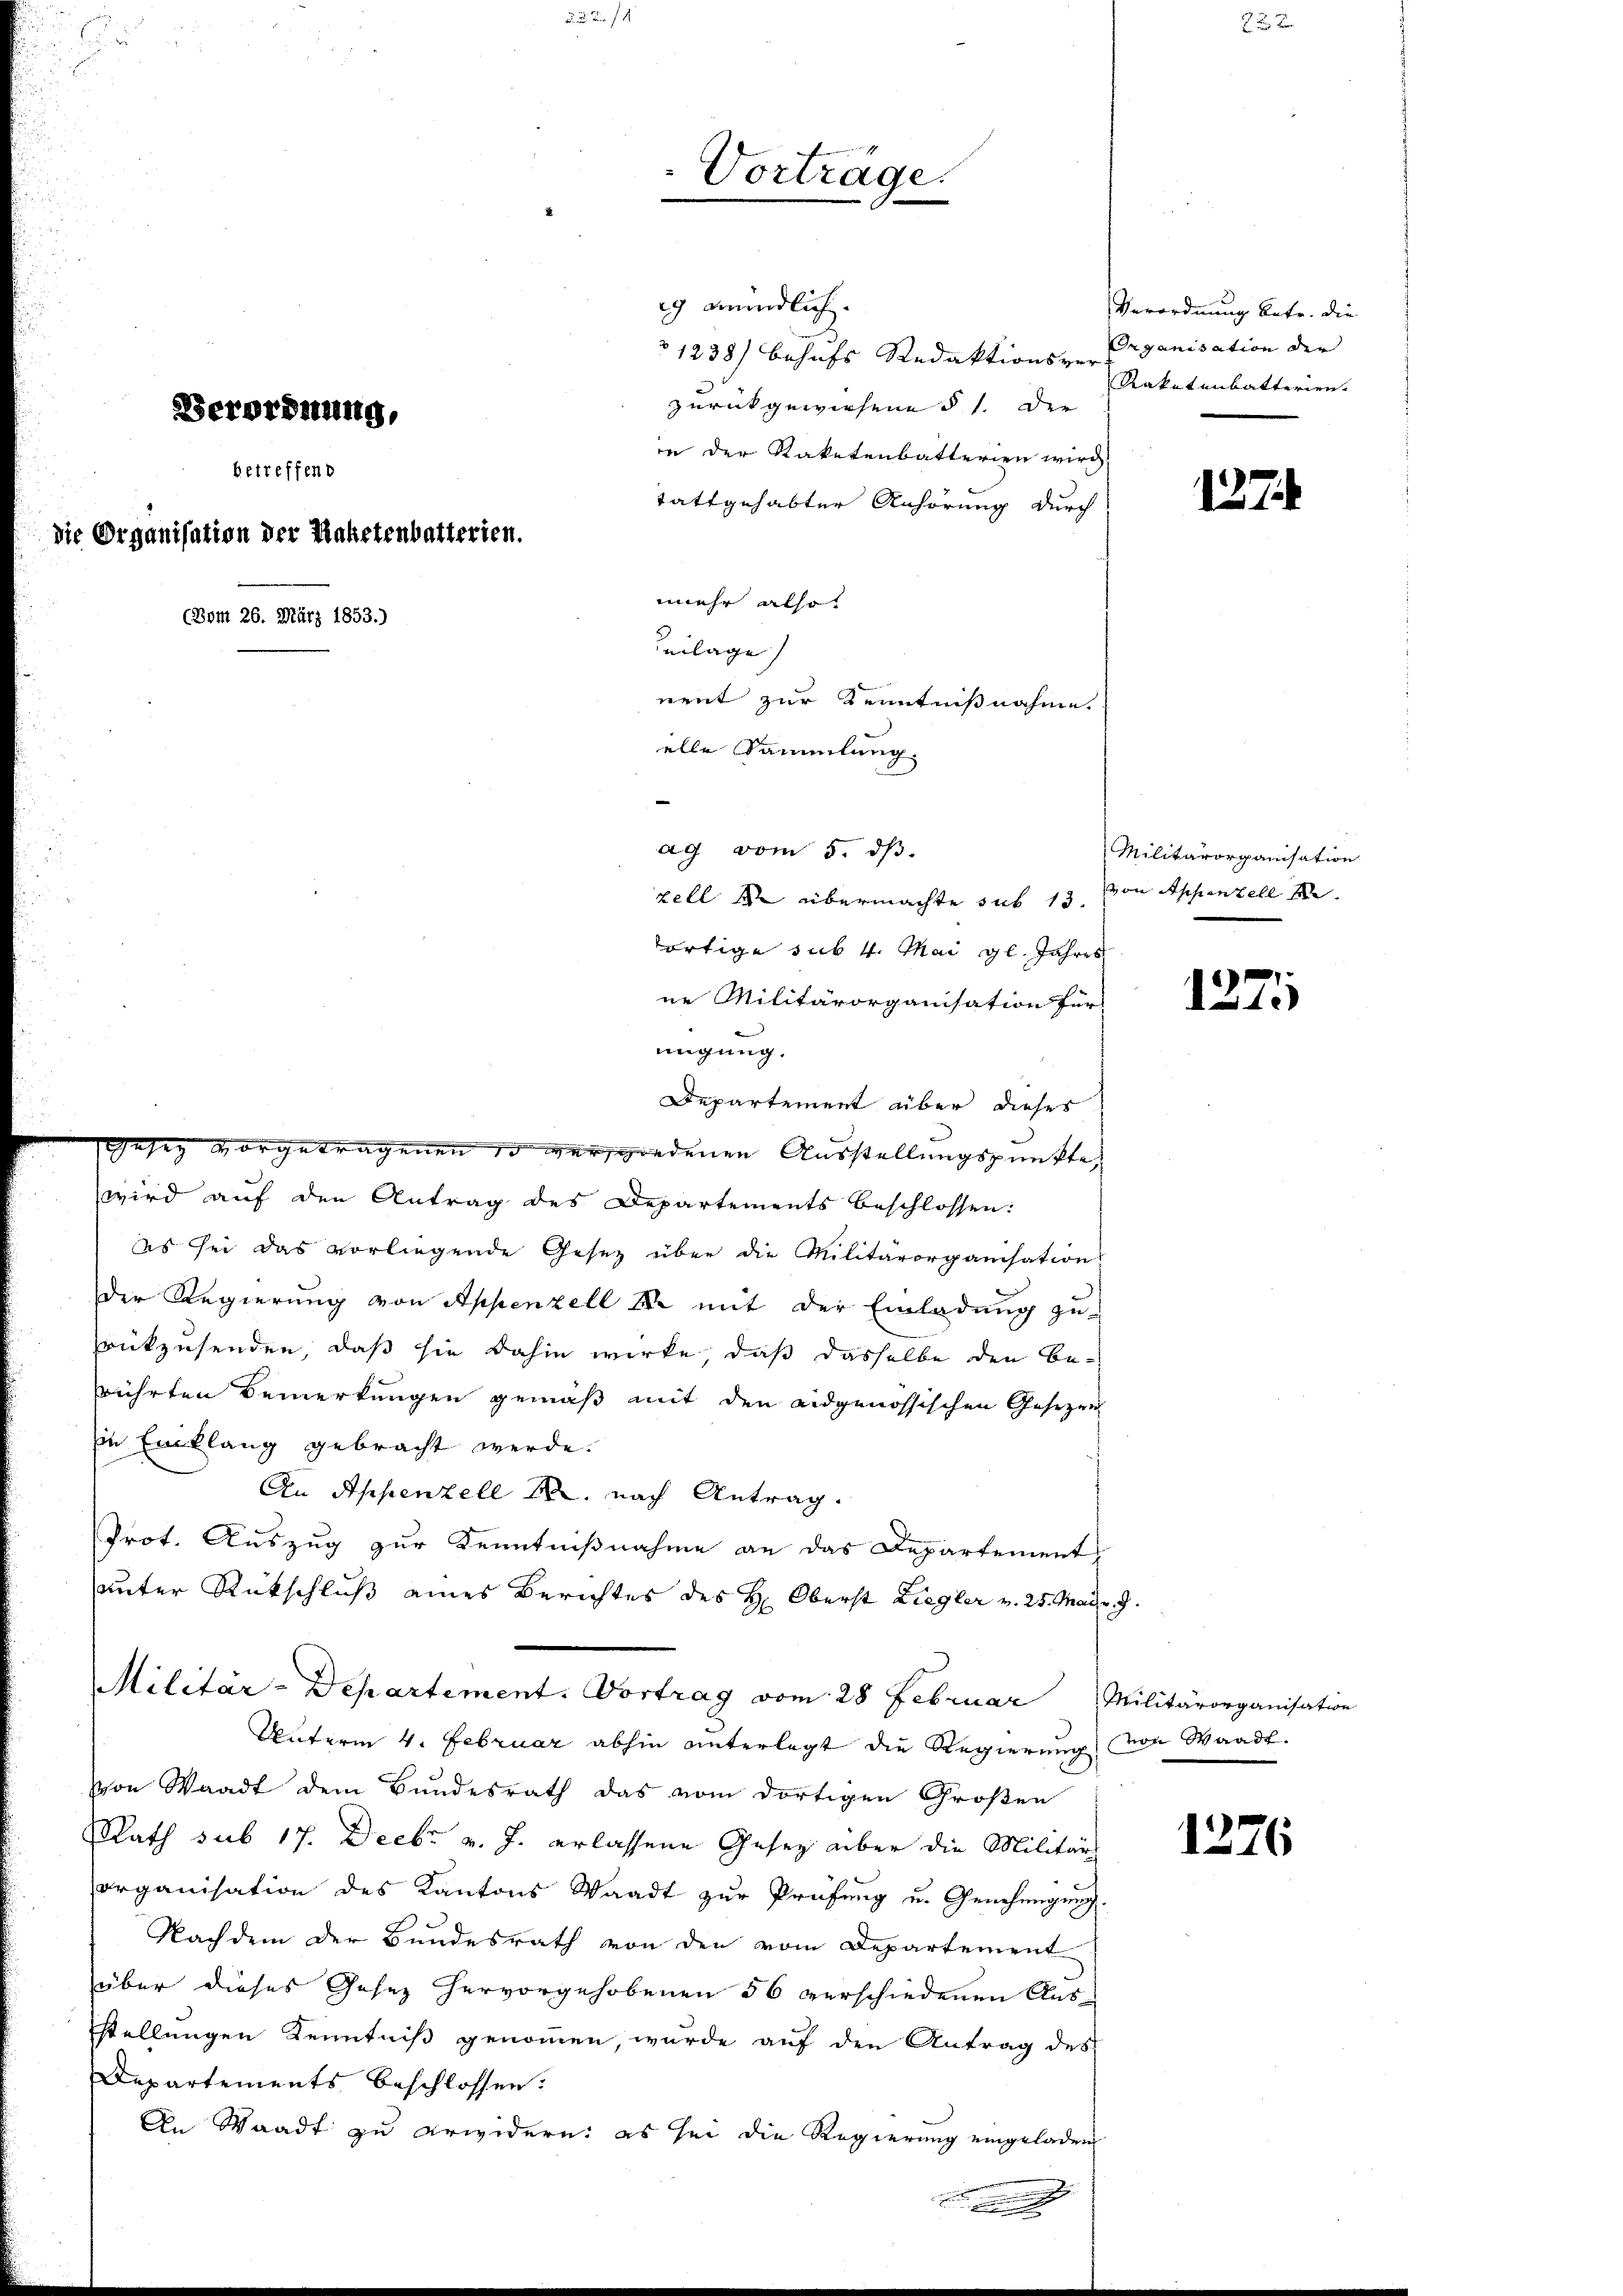
Vorträge.
Verordnung,
betreffend
die Organisation der Paketenbatterien.
(Bom 26. März 1853.)
ag vom 5. dß.
ortige sub 4. Mai gl. Jahres
ne Militärorganisation für

g mündlich.
1238) behufs Redaktionszen Organisation der
zurückgewiesene § 1. Der
in der Saketenbatterien wird
tattgehabter Anhörung durch
mehr also
eilage
nent zur Kenntnißnahme.
alle Sammlung.

zell er übermachte sub 13. von Appenzell A.
migung.

Verordnung betr. die
Rakatenbatterien.

Departement über dieses
Gesez vorgetragenen d verspondenen Ausstellungspunkte,
wird auf den Antrag des Departements beschlossen:
es sei das vorliegende Gesetz über die Militärorganisation
Der Regierung von Appenzell S. mit der Einladung zu
zrückzusenden, daß sie dahin wirke, daß dasselbe den Berührten Bemerkungen gemäß mit den eidgenössischen Gesezen
In Einklang gebracht werde.
An Appenzell M. nach Antrag.
Prot. Auszug zur Kenntnißnahme an das Departement,
unter Rückschluß eines Berichtes des H. Oberst Liegler v. 25. Mai 7.
Militär-Departement. Vortrag vom 28 Februar Militärorganisation
Unterm 4. Februar abhin unterlegt die Regierung von Waadt.
von Waadt dem Bundesrath das vom dortigen Großen
Rath sub 17. Decbr v. J. erlassene Gesez aber die Militärs
organisation des Kantons Waadt zur Prüfung u. Genehmigung
Nachdem der Bundesrath von den vom Departement
über dieses Gesez hervorgehobenen 56 verschiedenen Ausstellungen Kenntniß genommen, wurde auf den Antrag des
Departements beschlossen:
An Waadt zu erwidern: es sei die Regierung eingeladen

127

Militärorganisation

1271)

1276